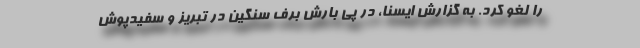
را لغو کرد. به گزارش ایسنا، در پی بارش برف سنگین در تبریز و سفیدپوش